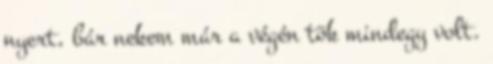
nyert, bár nekem már a végén tök mindegy volt.